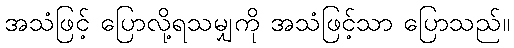
အသံဖြင့် ပြောလို့ရသမျှကို အသံဖြင့်သာ ပြောသည်။